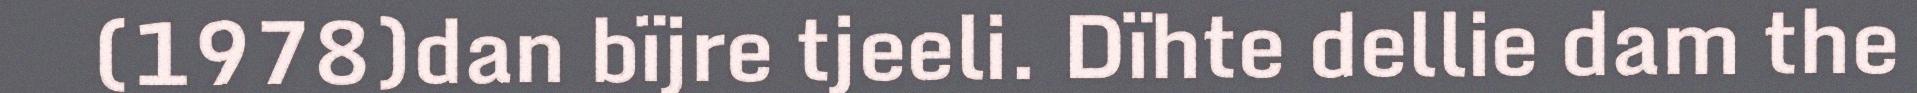
(1978)dan bïjre tjeeli. Dïhte dellie dam the